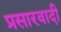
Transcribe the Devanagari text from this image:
प्रसारवादी